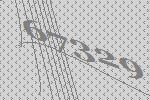
67329